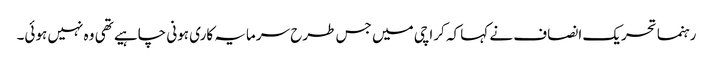
رہنما تحریک انصاف نے کہا کہ کراچی میں جس طرح سرمایہ کاری ہونی چاہیے تھی وہ نہیں ہوئی۔